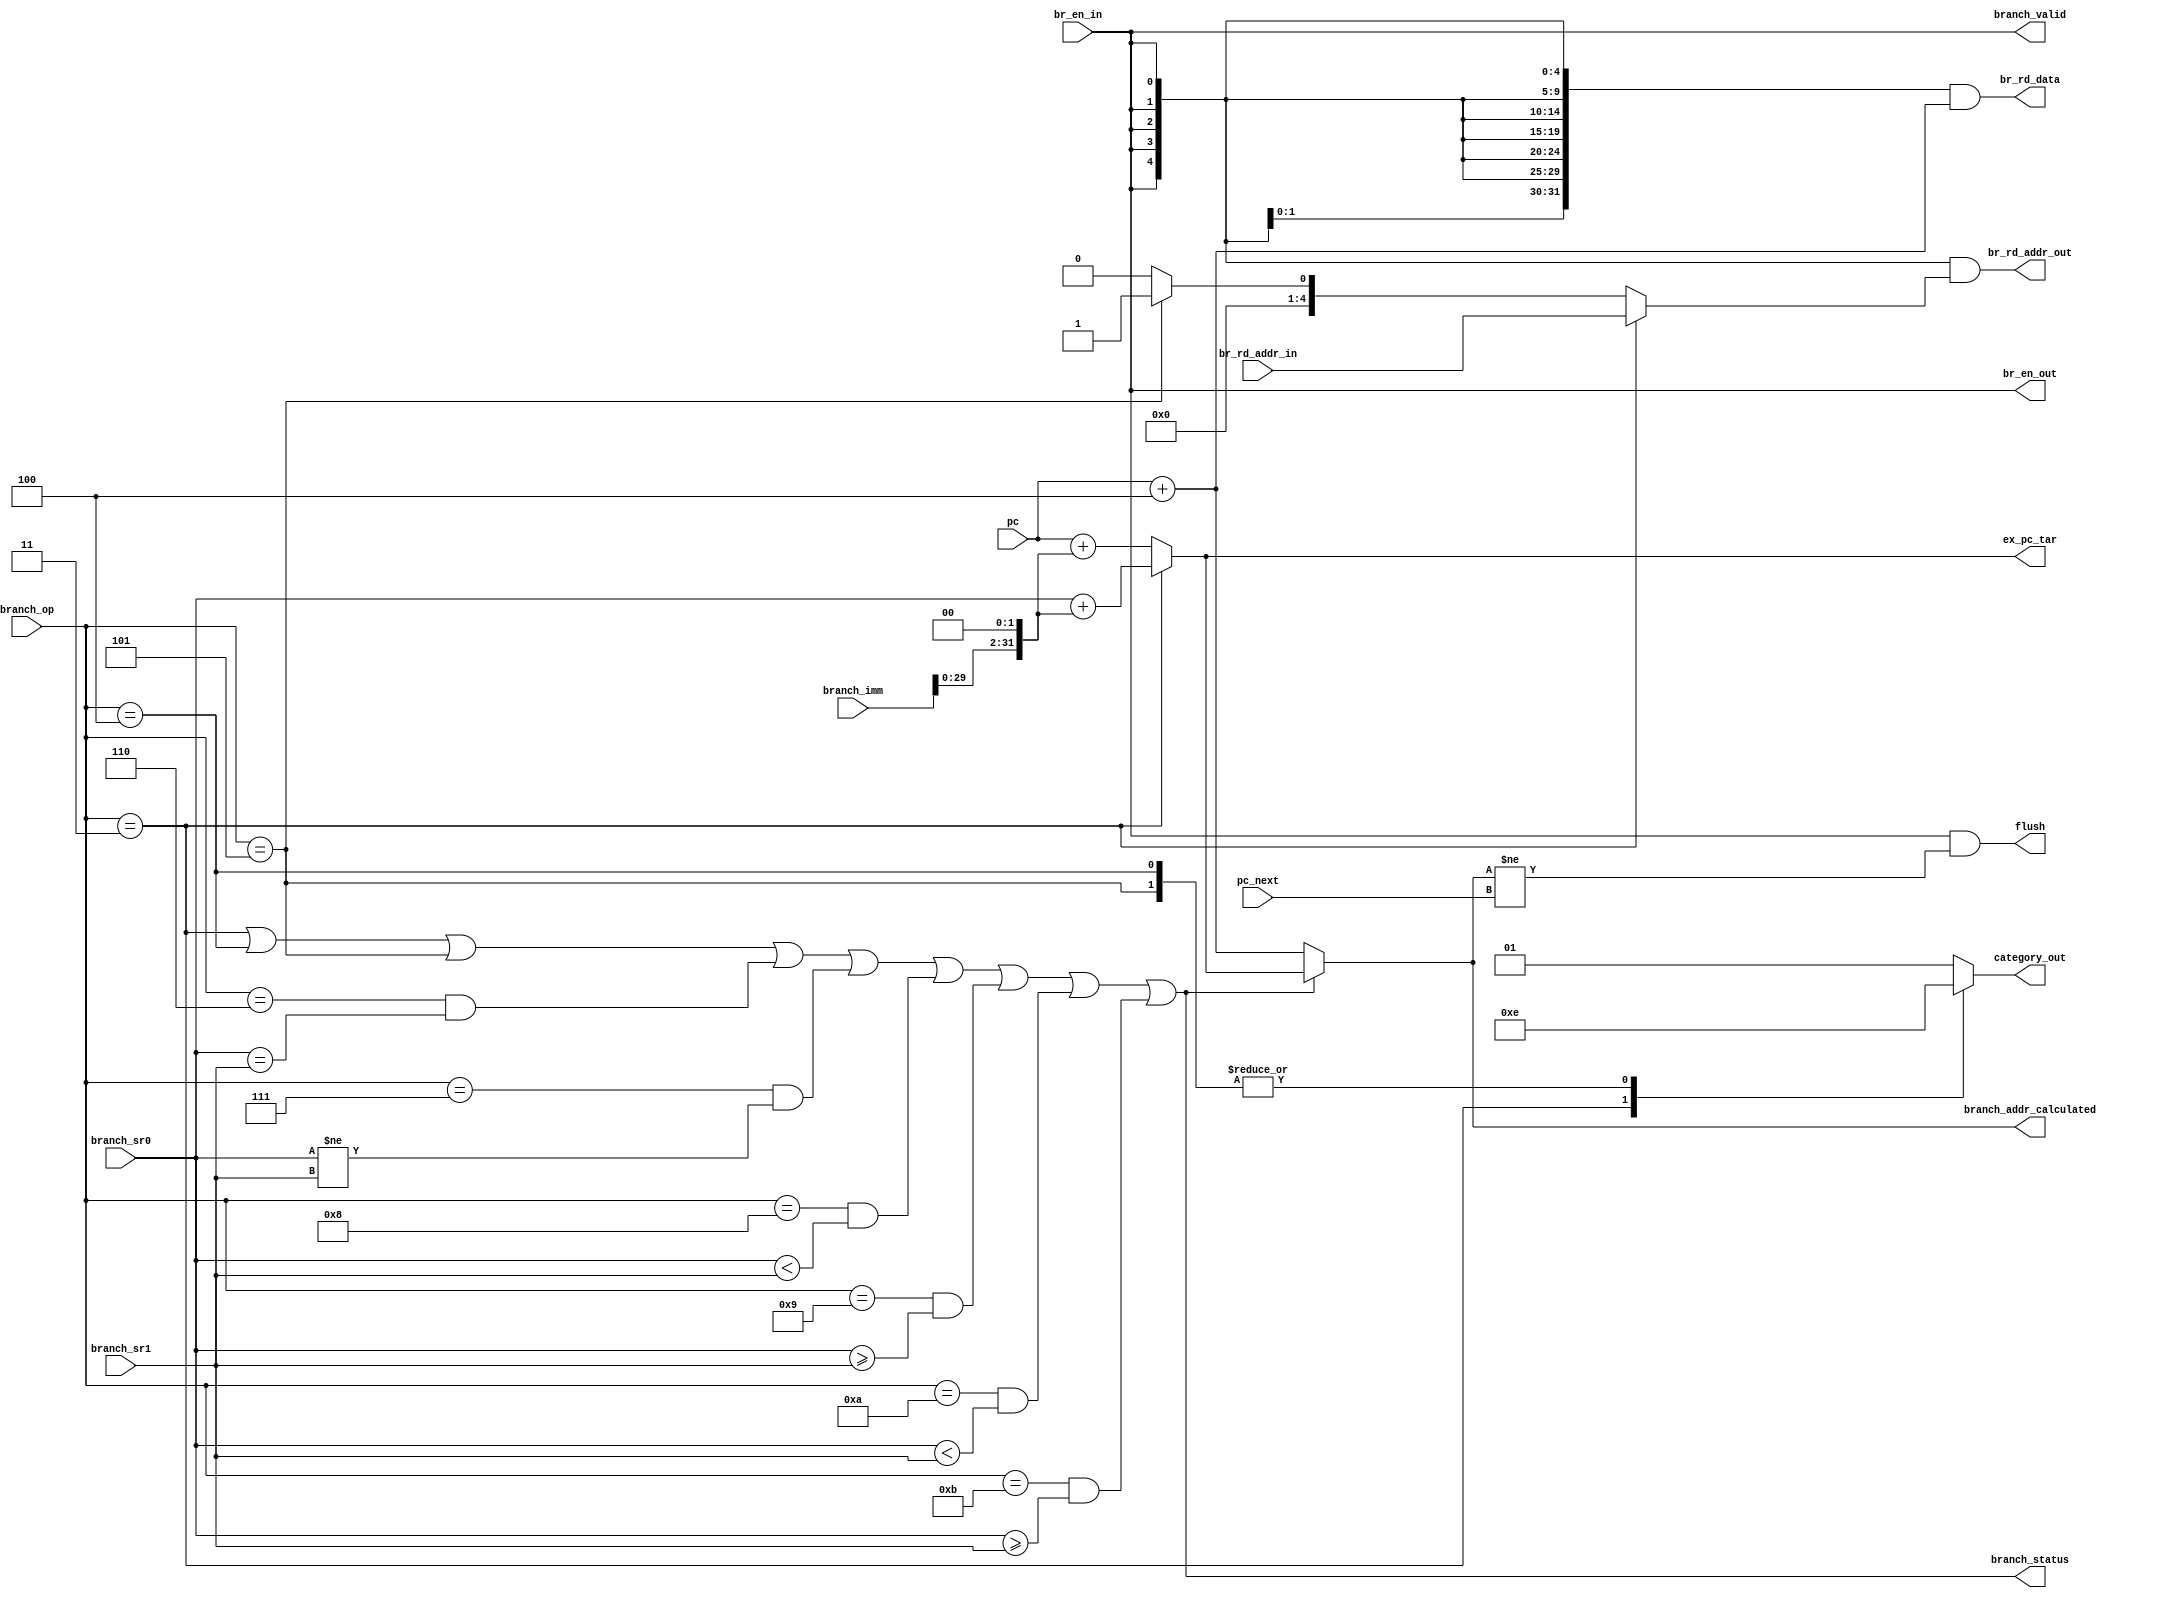
module branch(
    input  [0:0]     br_en_in,
    input  [ 31:0]   pc,
    input  [ 31:0]   pc_next,
    input  [ 3:0 ]   branch_op,
    input  [4:0]     br_rd_addr_in,
    input  [ 31:0 ]  branch_sr0,
    input  [ 31:0 ]  branch_sr1,
    input  [ 31:0 ]  branch_imm,
       
    output [31:0]    br_rd_data,
    output [4:0]     br_rd_addr_out,
    output [0:0]     br_en_out,
    output [0:0]     flush,
    output [31:0]    branch_addr_calculated,
    output [31:0]    ex_pc_tar,
    output [0:0]     branch_valid,
    output [0:0]     branch_status,
    output reg [1:0] category_out
);

parameter  JIRL = 'b0011;
parameter  B    = 'b0100;
parameter  BL   = 'b0101;
parameter  BEQ  = 'b0110;
parameter  BNE  = 'b0111;
parameter  BLT  = 'b1000;
parameter  BGE  = 'b1001;
parameter  BLTU = 'b1010;
parameter  BGEU = 'b1011;

assign branch_status = branch_op == JIRL
                     ||branch_op == B
                     ||branch_op == BL
                     ||branch_op == BEQ&&branch_sr0 == branch_sr1
                     ||branch_op == BNE&&branch_sr0!= branch_sr1
                     ||branch_op == BLT&&$signed ( branch_sr0 ) <$signed ( branch_sr1 )
                     ||branch_op == BGE&&$signed ( branch_sr0 ) >= $signed ( branch_sr1 )
                     ||branch_op == BLTU&&branch_sr0<branch_sr1
                     ||branch_op == BGEU&&branch_sr0>= branch_sr1;

assign br_en_out      = br_en_in;
assign br_rd_addr_out = {5{br_en_in}}&(branch_op==JIRL?br_rd_addr_in:(branch_op==BL?1:0));
assign br_rd_data     = {32{br_en_out}}&(pc+4);

assign branch_addr_calculated = branch_status? branch_op==JIRL?(branch_sr0+ (branch_imm<<2)):(pc+(branch_imm<<2)):pc+4;
assign ex_pc_tar              = branch_op==JIRL?(branch_sr0+ (branch_imm<<2)):(pc+(branch_imm<<2));
assign flush                  = br_en_in&&(branch_addr_calculated!=pc_next);
assign branch_valid           = br_en_in;

always @(*) begin
    case (branch_op)
        JIRL:    category_out = 2'b11;
        B:       category_out = 2'b10;
        BL:      category_out = 2'b10;
        default: category_out = 2'b01;
    endcase
end
endmodule